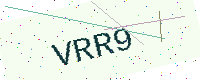
Text: VRR9